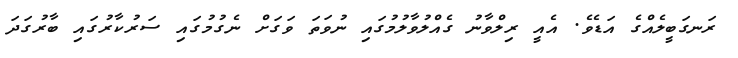
ރަނގަބީލެއްގެ އަޑެވެ. އެއީ ރިލްވާނު ގެއްލުވާލުމުގައި ނުވަތަ ވަގަށް ނެގުމުގައި ސަރުކާރުގައި ބާރުގަދަ